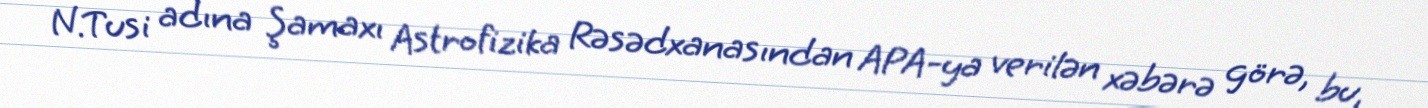
N.Tusi adına Şamaxı Astrofizika Rəsədxanasından APA-ya verilən xəbərə görə, bu,